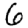
Digit: 6